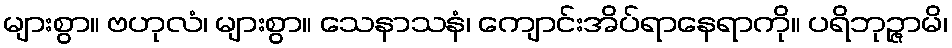
များစွာ။ ဗဟုလံ၊ များစွာ။ သေနာသနံ၊ ကျောင်းအိပ်ရာနေရာကို။ ပရိဘုဉ္ဇာမိ၊